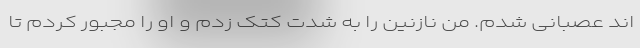
اند عصبانی شدم. من نازنین را به شدت کتک زدم و او را مجبور کردم تا